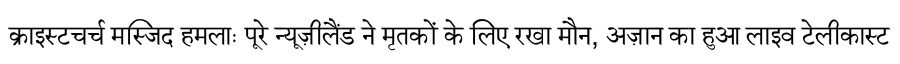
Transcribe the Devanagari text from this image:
क्राइस्टचर्च मस्जिद हमलाः पूरे न्यूज़ीलैंड ने मृतकों के लिए रखा मौन, अज़ान का हुआ लाइव टेलीकास्ट